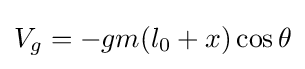
V_{g}=-gm(l_{0}+x)\cos \theta